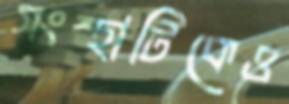
সংস্থাটিকেও